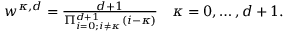
\begin{array} { r } { w ^ { \kappa , d } = \frac { d + 1 } { \Pi _ { i = 0 ; i \ne \kappa } ^ { d + 1 } ( i - \kappa ) } \quad \kappa = 0 , \ldots , d + 1 . } \end{array}